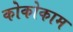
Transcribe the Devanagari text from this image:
कोकोकाम